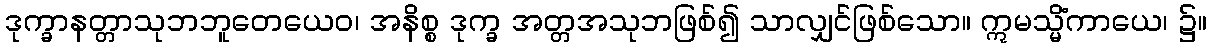
ဒုက္ခာနတ္တာသုဘဘူတေယေဝ၊ အနိစ္စ ဒုက္ခ အတ္တအသုဘဖြစ်၍ သာလျှင်ဖြစ်သော။ ဣမသ္မိံကာယေ၊ ၌။